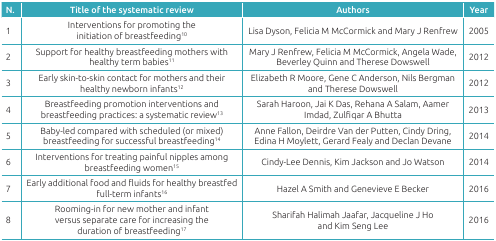
| N. | Title of the systematic review | Authors | Year |
 | --- | --- | --- | --- |
 | 1 | Interventions for promoting the initiation ofbreastfeeding10 | Lisa Dyson, Felicia M McCormick and Mary JRenfrew | 2005 |
 | 2 | Support for healthy breastfeeding mothers withhealthy term babies11 | Mary J Renfrew, Felicia M McCormick, Angela Wade,Beverley Quinn and Therese Dowswell | 2012 |
 | 3 | Early skin-to-skin contact for mothers and theirhealthy newborn infants12 | Elizabeth R Moore, Gene C Anderson, Nils Bergmanand Therese Dowswell | 2012 |
 | 4 | Breastfeeding promotion interventions andbreastfeeding practices: a systematic review13 | Sarah Haroon, Jai K Das, Rehana A Salam, AamerImdad, Zulfiqar A Bhutta | 2013 |
 | 5 | Baby-led compared with scheduled (or mixed)breastfeeding for successful breastfeeding14 | Anne Fallon, Deirdre Van der Putten, Cindy Dring,Edina H Moylett, Gerard Fealy and Declan Devane | 2014 |
 | 6 | Interventions for treating painful nipples amongbreastfeeding women15 | Cindy-Lee Dennis, Kim Jackson and Jo Watson | 2014 |
 | 7 | Early additional food and fluids for healthybreastfed full-term infants16 | Hazel A Smith and Genevieve E Becker | 2016 |
 | 8 | Rooming-in for new mother and infant versusseparate care for increasing the duration of breastfeeding17 | Sharifah Halimah Jaafar, Jacqueline J Ho and KimSeng Lee | 2016 |